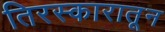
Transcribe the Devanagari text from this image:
तिरस्कारातून